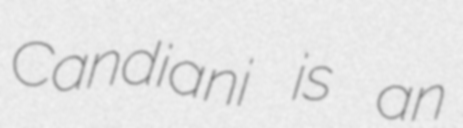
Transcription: Candiani is an